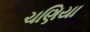
ચણિયા